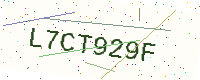
Text: L7CT929F